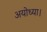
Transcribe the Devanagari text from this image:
अयोध्या।